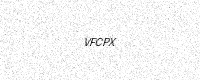
Text: VFCPX